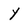
Character: y